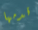
قدمها